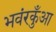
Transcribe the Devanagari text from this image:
भवंरकुँआ